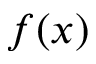
f ( x )